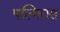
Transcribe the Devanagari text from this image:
पल्मिरास